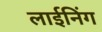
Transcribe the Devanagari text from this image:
लाईनिंग